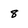
Character: 8